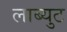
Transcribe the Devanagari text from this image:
लाब्युट